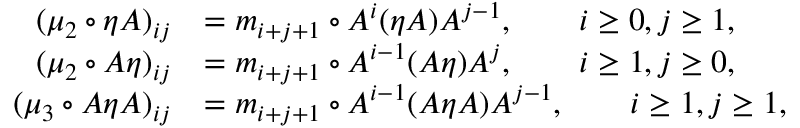
\begin{array} { r l } { ( \mu _ { 2 } \circ { \eta } A ) _ { i j } } & { = m _ { i + j + 1 } \circ A ^ { i } ( \eta A ) A ^ { j - 1 } , \quad \quad i \geq 0 , j \geq 1 , } \\ { ( \mu _ { 2 } \circ { A \eta } ) _ { i j } } & { = m _ { i + j + 1 } \circ A ^ { i - 1 } ( A \eta ) A ^ { j } , \quad \quad i \geq 1 , j \geq 0 , } \\ { ( \mu _ { 3 } \circ A { \eta } A ) _ { i j } } & { = m _ { i + j + 1 } \circ A ^ { i - 1 } ( A { \eta } A ) A ^ { j - 1 } , \quad \quad i \geq 1 , j \geq 1 , } \end{array}